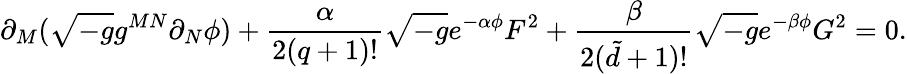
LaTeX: \partial_{M}(\sqrt{-g}g^{MN}\partial_{N}\phi)+\frac{\alpha}{2(q+1)!}\sqrt{-g}e^{-\alpha\phi}F^{2}+\frac{\beta}{2({\tilde{d}}+1)!}\sqrt{-g}e^{-\beta\phi}G^{2}=0.